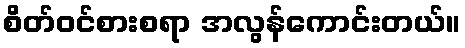
စိတ်ဝင်စားစရာ အလွန်ကောင်းတယ်။